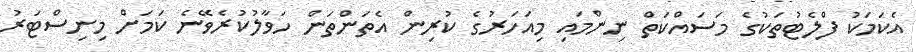
އެކަމަކު ފްލެޓުތަކުގެ މަސައްކަތް ނިންމައި މިއަހަރުގެ ކުރިން އެތަންތަން ހަވާލުކުރެވޭނެ ކަމަށް މިނިސްޓަރު